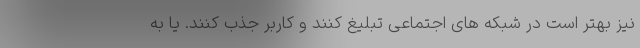
نیز بهتر است در شبکه های اجتماعی تبلیغ کنند و کاربر جذب کنند. یا به